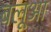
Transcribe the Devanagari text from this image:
बलूआ